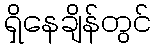
ရှိနေချိန်တွင်